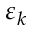
\varepsilon _ { k }